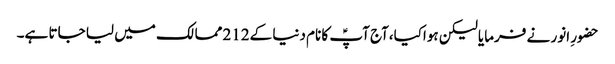
حضورِ انور نے فرمایا لیکن ہواکیا،آج آپؑ کا نام دنیا کے212 ممالک میں لیا جاتا ہے۔